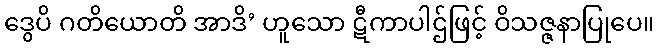
ဒွေပိ ဂတိယောတိ အာဒိ’ ဟူသော ဋီကာပါဌ်ဖြင့် ဝိသဇ္ဇနာပြုပေ။